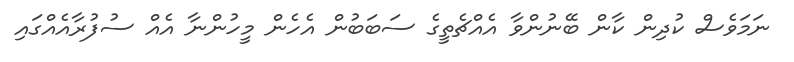
ނަމަވެސް ކުދިން ކާން ބޭނުންވާ އެއްޗެތީގެ ސަބަބުން އެހެން މީހުންނާ އެއް ސުފުރާއެއްގައި